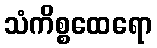
သံကိစ္စထေရော